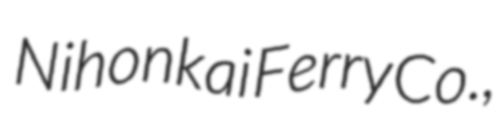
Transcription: Nihonkai Ferry Co.,